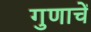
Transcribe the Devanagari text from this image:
गुणाचें